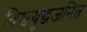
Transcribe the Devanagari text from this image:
विश्वयुद्धजनित